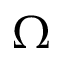
\Omega